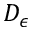
D _ { \epsilon }